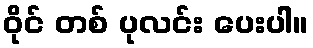
ဝိုင် တစ် ပုလင်း ပေးပါ။